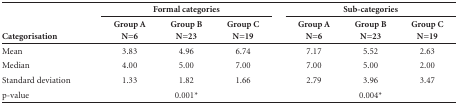
<table><thead><tr><td><b> </b></td><td colspan="3"><b>Formal categories</b></td><td><b> </b></td><td colspan="3"><b> Sub-categories </b></td></tr><tr><td><b>Categorisation</b></td><td><b>Group A N=6</b></td><td><b>Group B N=23</b></td><td><b>Group C N=19</b></td><td><b> </b></td><td><b>Group A N=6</b></td><td><b>Group B N=23</b></td><td><b>Group C N=19</b></td></tr></thead><tbody><tr><td>Mean</td><td>3.83</td><td>4.96</td><td>6.74</td><td> </td><td>7.17</td><td>5.52</td><td>2.63</td></tr><tr><td>Median</td><td>4.00</td><td>5.00</td><td>7.00</td><td> </td><td>7.00</td><td>5.00</td><td>2.00</td></tr><tr><td>Standard deviation</td><td>1.33</td><td>1.82</td><td>1.66</td><td> </td><td>2.79</td><td>3.96</td><td>3.47</td></tr><tr><td>p-value</td><td> </td><td> 0.001*</td><td> </td><td> </td><td> </td><td> 0.004*</td><td> </td></tr></tbody></table>